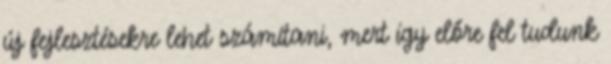
új fejlesztésekre lehet számítani, mert így előre fel tudunk